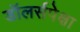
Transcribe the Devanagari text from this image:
डॉलर्सपेक्षा